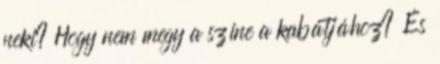
neki? Hogy nem megy a színe a kabátjához? És